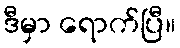
ဒီမှာ ရောက်ပြီ။